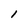
Character: l